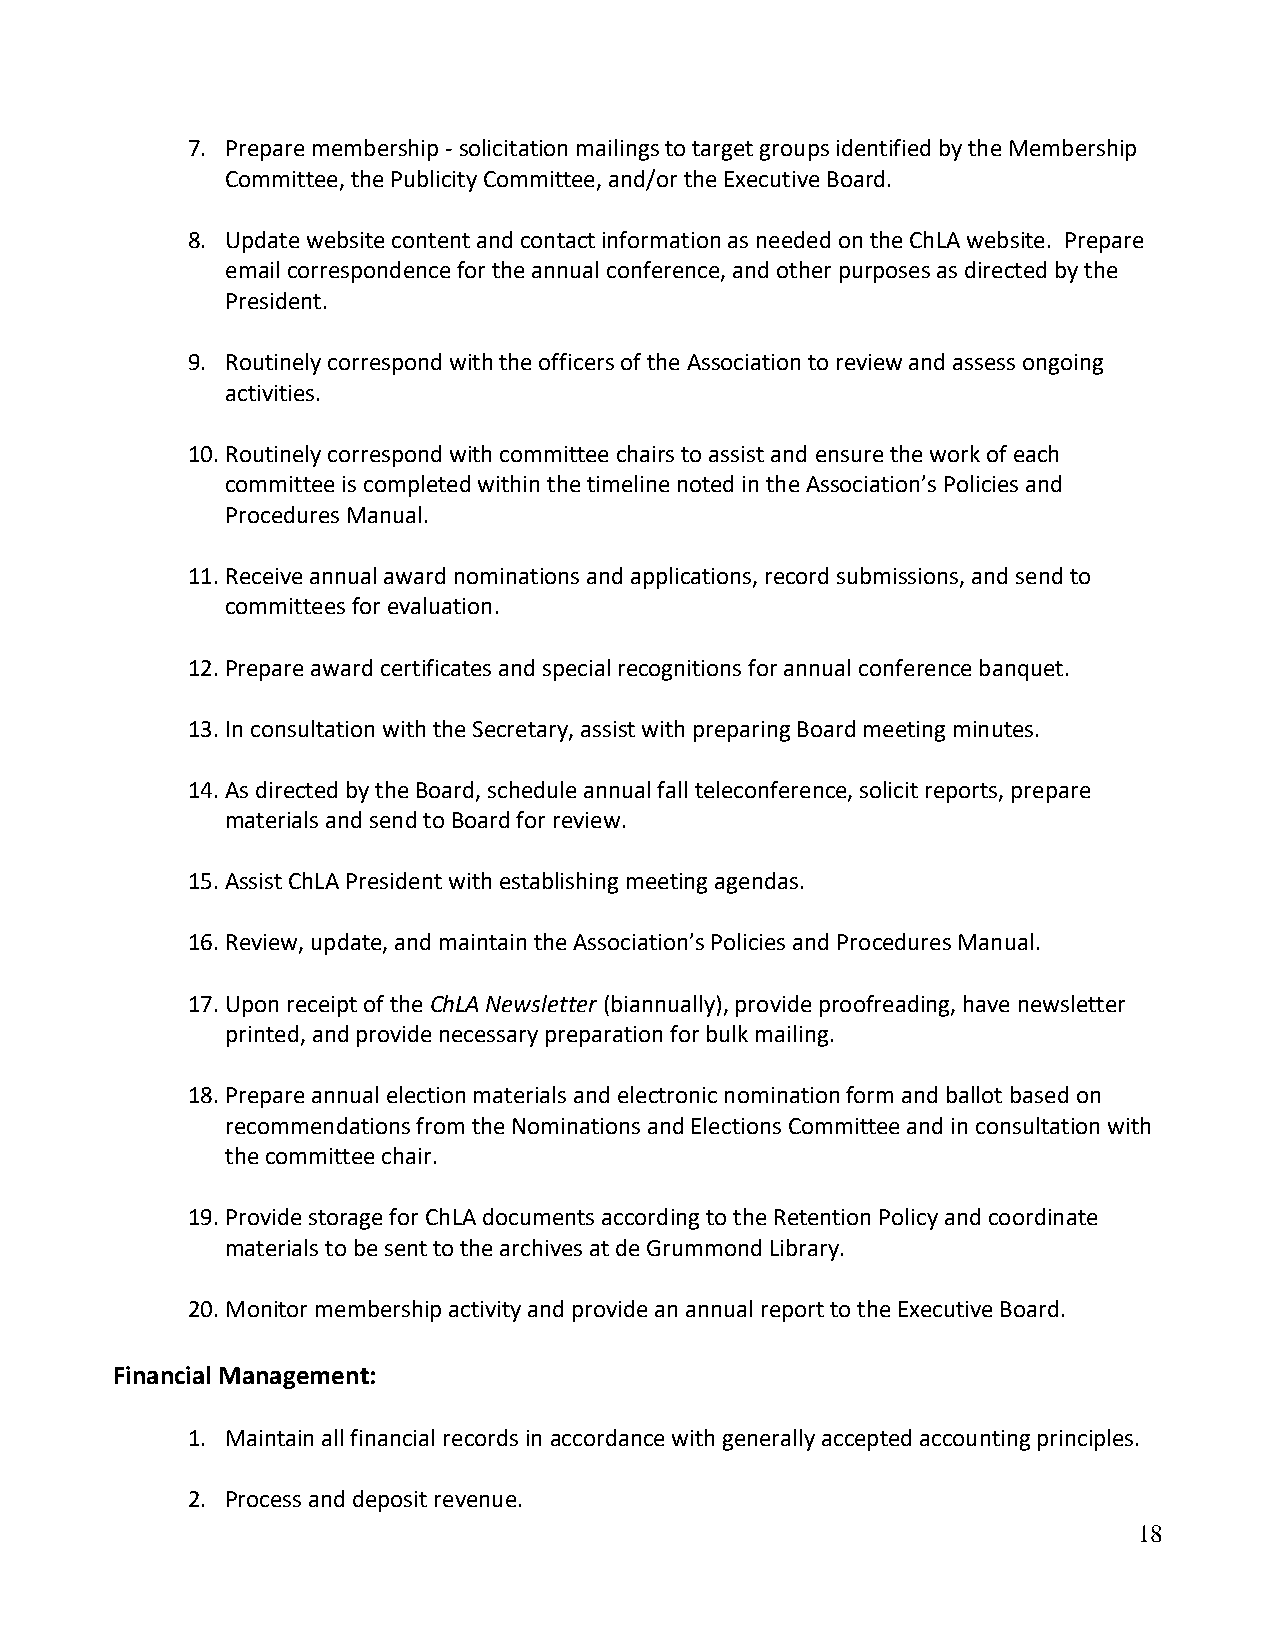
7. Prepare membership - solicitation mailings to target groups identified by the Membership
 Committee, the Publicity Committee, and/or the Executive Board.
 8. Update website content and contact information as needed on the ChLA website. Prepare
 email correspondence for the annual conference, and other purposes as directed by the
 President.
 9. Routinely correspond with the officers of the Association to review and assess ongoing
 activities.
 10. Routinely correspond with committee chairs to assist and ensure the work of each
 committee is completed within the timeline noted in the Association’s Policies and
 Procedures Manual.
 11. Receive annual award nominations and applications, record submissions, and send to
 committees for evaluation.
 12. Prepare award certificates and special recognitions for annual conference banquet.
 13. In consultation with the Secretary, assist with preparing Board meeting minutes.
 14. As directed by the Board, schedule annual fall teleconference, solicit reports, prepare
 materials and send to Board for review.
 15. Assist ChLA President with establishing meeting agendas.
 16. Review, update, and maintain the Association’s Policies and Procedures Manual.
 17. Upon receipt of the ChLA Newsletter (biannually), provide proofreading, have newsletter
 printed, and provide necessary preparation for bulk mailing.
 18. Prepare annual election materials and electronic nomination form and ballot based on
 recommendations from the Nominations and Elections Committee and in consultation with
 the committee chair.
 19. Provide storage for ChLA documents according to the Retention Policy and coordinate
 materials to be sent to the archives at de Grummond Library.
 20. Monitor membership activity and provide an annual report to the Executive Board.
 Financial Management:
 1. Maintain all financial records in accordance with generally accepted accounting principles.
 2. Process and deposit revenue.
 18